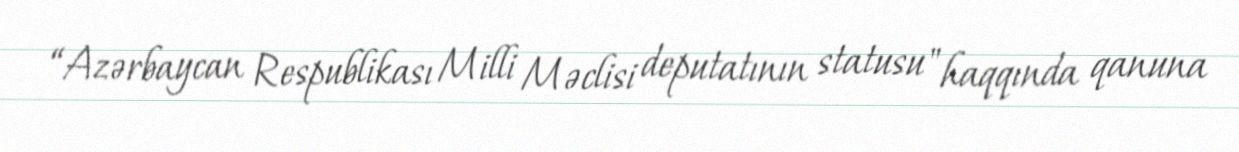
“Azərbaycan Respublikası Milli Məclisi deputatının statusu" haqqında qanuna